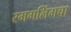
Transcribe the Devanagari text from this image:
स्मगलिंगचा